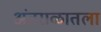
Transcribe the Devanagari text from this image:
अंतराळातला